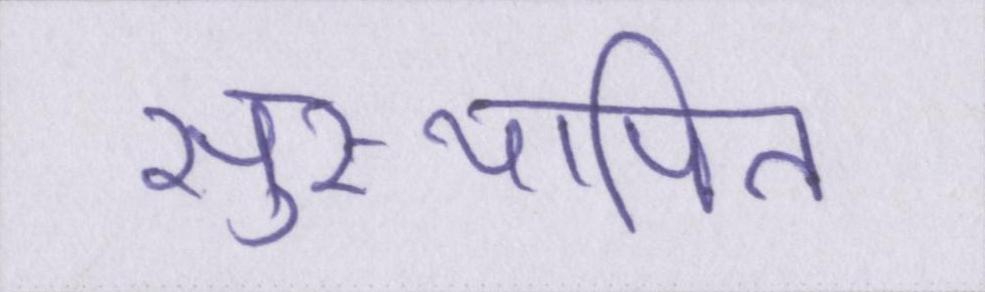
सुस्थापित